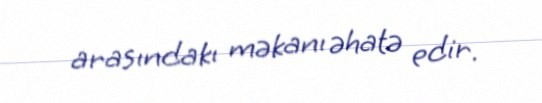
arasındakı məkanı əhatə edir.